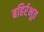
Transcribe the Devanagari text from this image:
बहिर्रभूत